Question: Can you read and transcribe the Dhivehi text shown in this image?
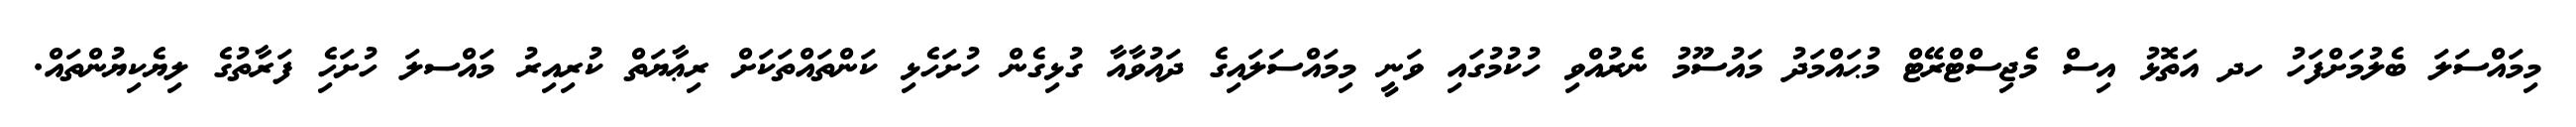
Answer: މިމައްސަލަ ބެލުމަށްފަހު ހދ އަތޮޅު އިސް މެޖިސްޓްރޭޓް މުޙައްމަދު މައުސޫމު ނެރުއްވި ހުކުމުގައި ވަނީ މިމައްސަލައިގެ ދައުވާއާ ގުޅިގެން ހުށަހެޅި ކަންތައްތަކަށް ރިޢާޔަތް ކުރިއިރު މައްސލަ ހުށަހެި ފަރާތުގެ ލިޔެކިޔުންތައް.